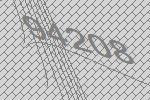
94208